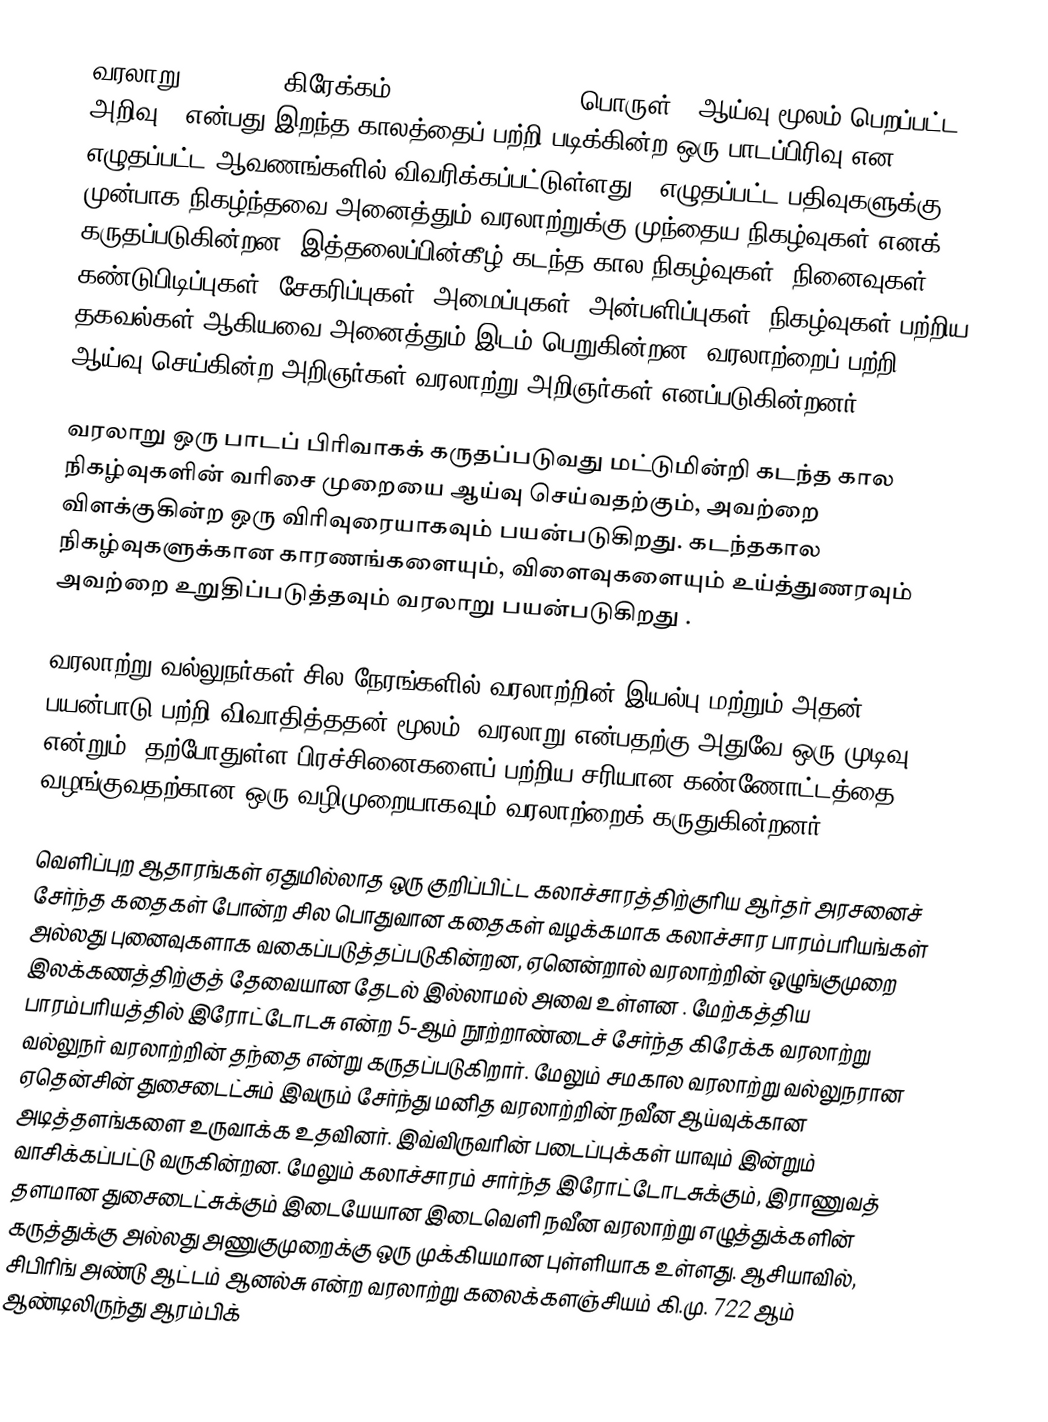
வரலாறு (history, கிரேக்கம்: ἱστορία, historia பொருள்: "ஆய்வு மூலம் பெறப்பட்ட அறிவு") என்பது இறந்த காலத்தைப் பற்றி படிக்கின்ற ஒரு பாடப்பிரிவு என எழுதப்பட்ட ஆவணங்களில் விவரிக்கப்பட்டுள்ளது . எழுதப்பட்ட பதிவுகளுக்கு முன்பாக நிகழ்ந்தவை அனைத்தும் வரலாற்றுக்கு முந்தைய நிகழ்வுகள் எனக் கருதப்படுகின்றன. இத்தலைப்பின்கீழ் கடந்த கால நிகழ்வுகள், நினைவுகள்,  கண்டுபிடிப்புகள், சேகரிப்புகள், அமைப்புகள், அன்பளிப்புகள், நிகழ்வுகள் பற்றிய தகவல்கள் ஆகியவை அனைத்தும் இடம் பெறுகின்றன. வரலாற்றைப் பற்றி ஆய்வு செய்கின்ற அறிஞர்கள் வரலாற்று அறிஞர்கள் எனப்படுகின்றனர்.

வரலாறு ஒரு பாடப் பிரிவாகக் கருதப்படுவது மட்டுமின்றி கடந்த கால நிகழ்வுகளின் வரிசை முறையை ஆய்வு செய்வதற்கும், அவற்றை விளக்குகின்ற ஒரு விரிவுரையாகவும் பயன்படுகிறது. கடந்தகால நிகழ்வுகளுக்கான காரணங்களையும், விளைவுகளையும் உய்த்துணரவும் அவற்றை உறுதிப்படுத்தவும் வரலாறு பயன்படுகிறது .

வரலாற்று வல்லுநர்கள் சில நேரங்களில் வரலாற்றின் இயல்பு மற்றும் அதன் பயன்பாடு பற்றி விவாதித்ததன் மூலம், வரலாறு என்பதற்கு அதுவே ஒரு முடிவு என்றும், தற்போதுள்ள பிரச்சினைகளைப்  பற்றிய சரியான கண்ணோட்டத்தை வழங்குவதற்கான ஒரு வழிமுறையாகவும் வரலாற்றைக் கருதுகின்றனர்.

வெளிப்புற ஆதாரங்கள் ஏதுமில்லாத ஒரு குறிப்பிட்ட கலாச்சாரத்திற்குரிய ஆர்தர் அரசனைச் சேர்ந்த கதைகள் போன்ற சில பொதுவான கதைகள் வழக்கமாக கலாச்சார பாரம்பரியங்கள் அல்லது புனைவுகளாக வகைப்படுத்தப்படுகின்றன, ஏனென்றால் வரலாற்றின் ஒழுங்குமுறை இலக்கணத்திற்குத் தேவையான தேடல் இல்லாமல் அவை உள்ளன . மேற்கத்திய பாரம்பரியத்தில் இரோட்டோடசு என்ற 5-ஆம் நூற்றாண்டைச் சேர்ந்த கிரேக்க வரலாற்று வல்லுநர் வரலாற்றின் தந்தை என்று கருதப்படுகிறார். மேலும் சமகால வரலாற்று வல்லுநரான ஏதென்சின் துசைடைட்சும் இவரும் சேர்ந்து  மனித வரலாற்றின் நவீன ஆய்வுக்கான அடித்தளங்களை உருவாக்க உதவினர். இவ்விருவரின் படைப்புக்கள் யாவும் இன்றும் வாசிக்கப்பட்டு வருகின்றன. மேலும் கலாச்சாரம் சார்ந்த இரோட்டோடசுக்கும், இராணுவத் தளமான துசைடைட்சுக்கும்  இடையேயான இடைவெளி நவீன வரலாற்று எழுத்துக்களின் கருத்துக்கு அல்லது அணுகுமுறைக்கு ஒரு முக்கியமான புள்ளியாக உள்ளது. ஆசியாவில், சிபிரிங் அண்டு ஆட்டம் ஆனல்சு என்ற வரலாற்று கலைக்களஞ்சியம் கி.மு. 722 ஆம் ஆண்டிலிருந்து ஆரம்பிக்